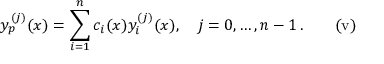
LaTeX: y _ { p } ^ { ( j ) } ( x ) = \sum _ { i = 1 } ^ { n } c _ { i } ( x ) y _ { i } ^ { ( j ) } ( x ) , \quad j = 0 , \ldots , n - 1 \, \mathrm { . } \quad \quad \mathrm { { ( v ) } }